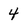
Character: 4